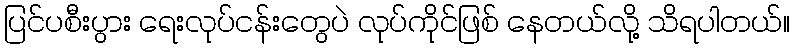
ပြင်ပစီးပွား ရေးလုပ်ငန်းတွေပဲ လုပ်ကိုင်ဖြစ် နေတယ်လို့ သိရပါတယ်။